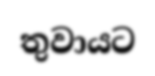
තුවායට